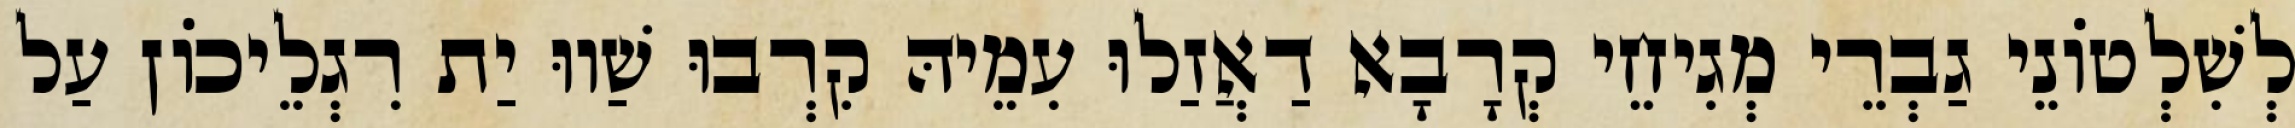
לְשִׁלְטוֹנֵי גַבְרֵי מְגִיחֵי קְרָבָא דַאֲזַלוּ עִמֵיהּ קִרְבוּ שַׁווּ יַת רִגְלֵיכוֹן עַל